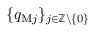
\{ q _ { \mathrm { M } j } \} _ { j \in \mathbb { Z } \backslash \{ 0 \} }